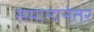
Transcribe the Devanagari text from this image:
समानानंतर